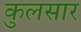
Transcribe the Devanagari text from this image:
कुलसार